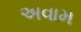
અવામ